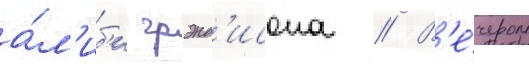
а́л'иб'и грэнд'исона // В'е́чером